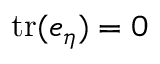
\mathrm { t r } ( e _ { \eta } ) = 0